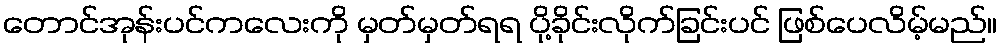
တောင်အုန်းပင်ကလေးကို မှတ်မှတ်ရရ ပို့ခိုင်းလိုက်ခြင်းပင် ဖြစ်ပေလိမ့်မည်။